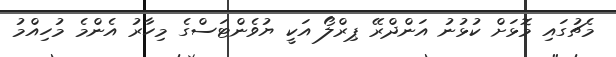
މެޗުގައި މޮޅަށް ކުޅުނު އަންދްރޭ ޕިރްލޯ އަކީ ޔުވެންޓަސްގެ މިހާރު އެންމެ މުހިއްމު